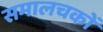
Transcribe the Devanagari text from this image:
समालचकों